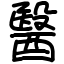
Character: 醫